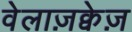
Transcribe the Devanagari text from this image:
वेलाज़क्वेज़